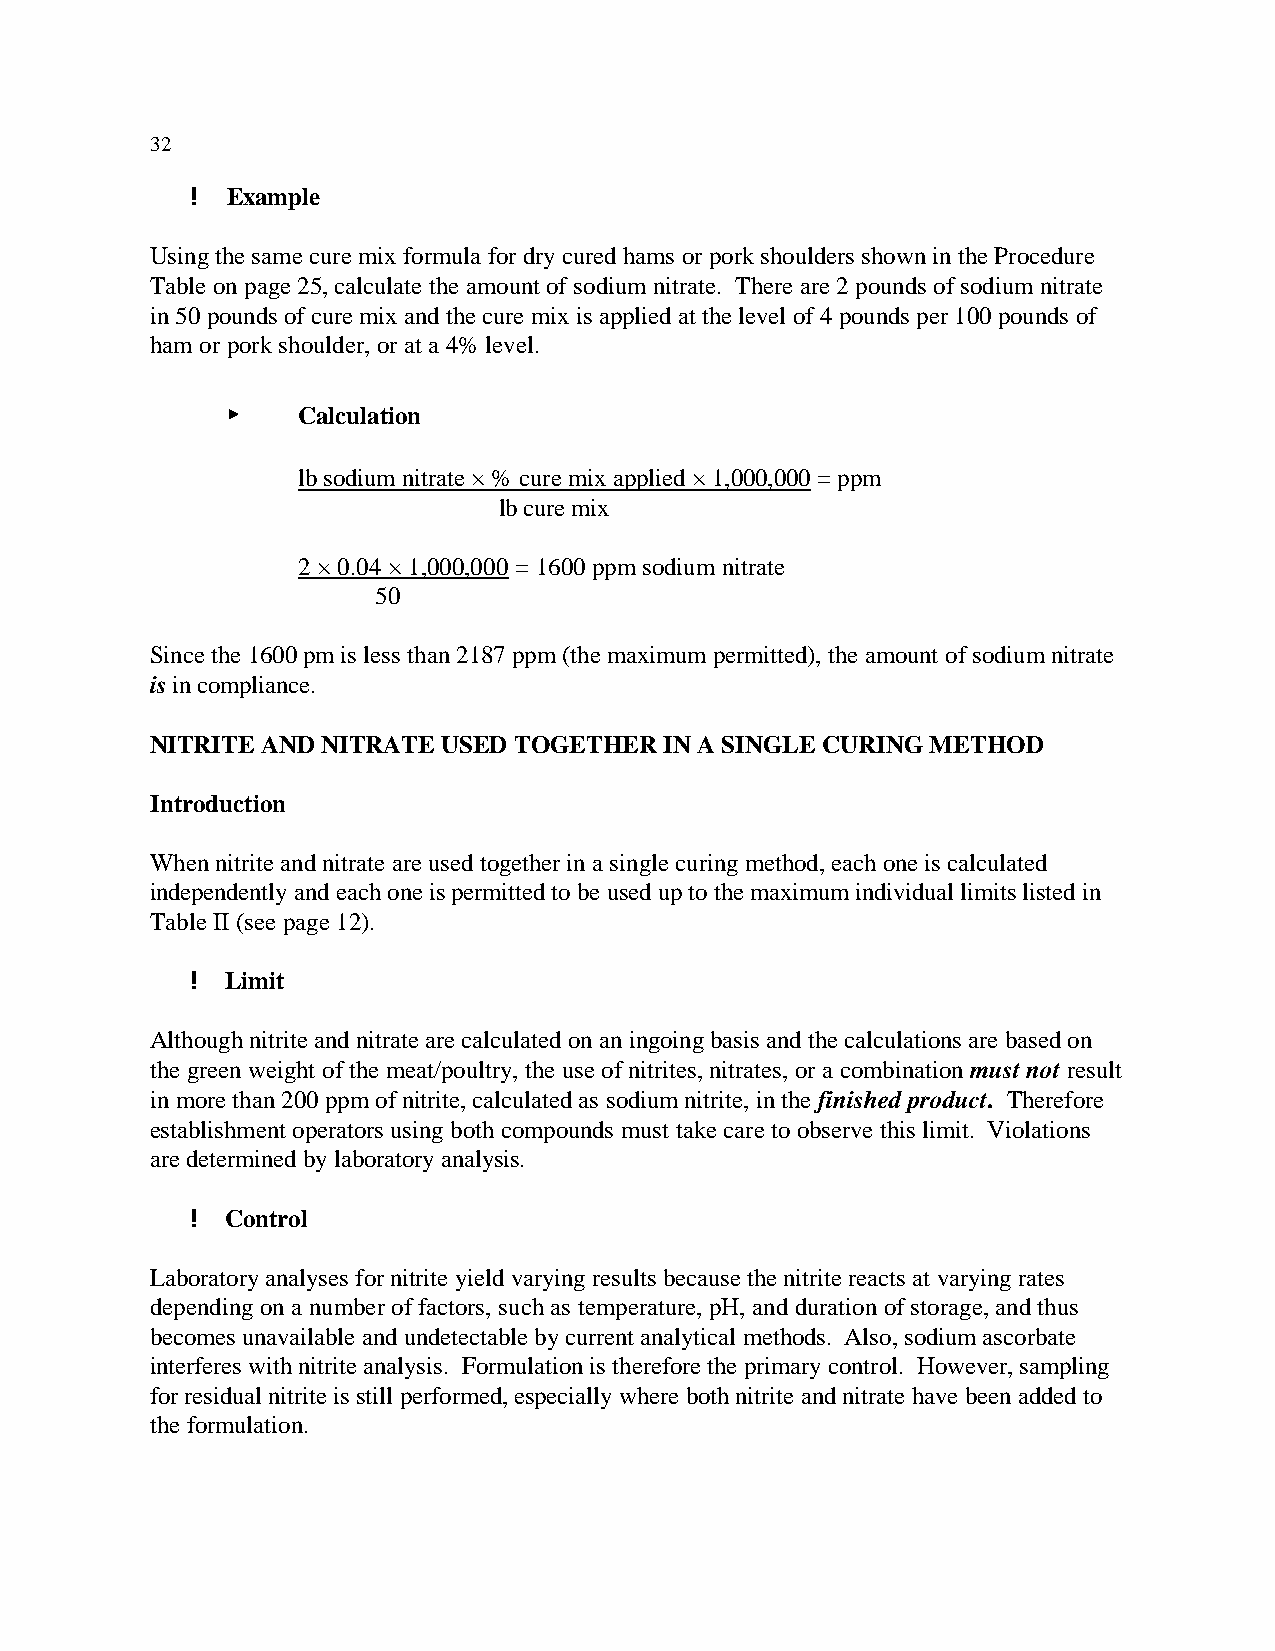
32
 ! Example
 Using the same cure mix formula for dry cured hams or pork shoulders shown in the Procedure
 Table on page 25, calculate the amount of sodium nitrate. There are 2 pounds of sodium nitrate
 in 50 pounds of cure mix and the cure mix is applied at the level of 4 pounds per 100 pounds of
 ham or pork shoulder, or at a 4% level.
 <    Calculation
 lb sodium nitrate × % cure mix applied × 1,000,000 = ppm
 lb cure mix
 2 × 0.04 × 1,000,000 = 1600 ppm sodium nitrate
 50
 Since the 1600 pm is less than 2187 ppm (the maximum permitted), the amount of sodium nitrate
 is in compliance.
 NITRITE AND NITRATE USED TOGETHER IN A SINGLE CURING METHOD
 Introduction
 When nitrite and nitrate are used together in a single curing method, each one is calculated
 independently and each one is permitted to be used up to the maximum individual limits listed in
 Table II (see page 12).
 ! Limit
 Although nitrite and nitrate are calculated on an ingoing basis and the calculations are based on
 the green weight of the meat/poultry, the use of nitrites, nitrates, or a combination must not result
 in more than 200 ppm of nitrite, calculated as sodium nitrite, in the finished product. Therefore
 establishment operators using both compounds must take care to observe this limit. Violations
 are determined by laboratory analysis.
 ! Control
 Laboratory analyses for nitrite yield varying results because the nitrite reacts at varying rates
 depending on a number of factors, such as temperature, pH, and duration of storage, and thus
 becomes unavailable and undetectable by current analytical methods. Also, sodium ascorbate
 interferes with nitrite analysis. Formulation is therefore the primary control. However, sampling
 for residual nitrite is still performed, especially where both nitrite and nitrate have been added to
 the formulation.